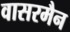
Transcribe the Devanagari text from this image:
वासरमैन